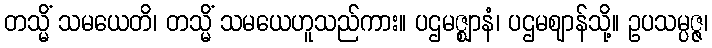
တသ္မိံ သမယေတိ၊ တသ္မိံ သမယေဟူသည်ကား။ ပဌမဇ္ဈာနံ၊ ပဌမဈာန်သို့။ ဥပသမ္ပဇ္ဇ၊